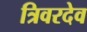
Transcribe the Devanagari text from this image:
त्रिवरदेव